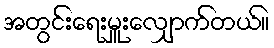
အတွင်းရေးမှူးလျှောက်တယ်။